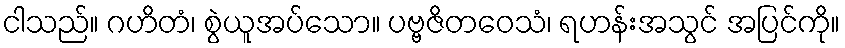
ငါသည်။ ဂဟိတံ၊ စွဲယူအပ်သော။ ပဗ္ဗဇိတဝေသံ၊ ရဟန်းအသွင် အပြင်ကို။